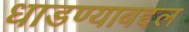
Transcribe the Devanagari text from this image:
धाडण्याबद्दल